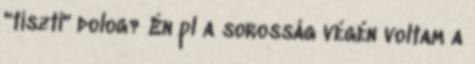
"tiszti" dolog? Én pl a sorosság végén voltam a